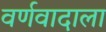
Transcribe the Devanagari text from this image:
वर्णवादाला